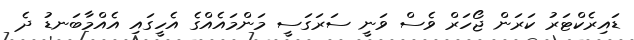
ޑައިރެކްޓަރު ކަރަން ޖޯހަރް ވެސް ވަނީ ސަރަގަސީ މަންމައެއްގެ އެހީގައި އެއްމާބަނޑު ދެ